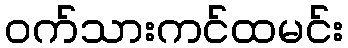
ဝက်သားကင်ထမင်း